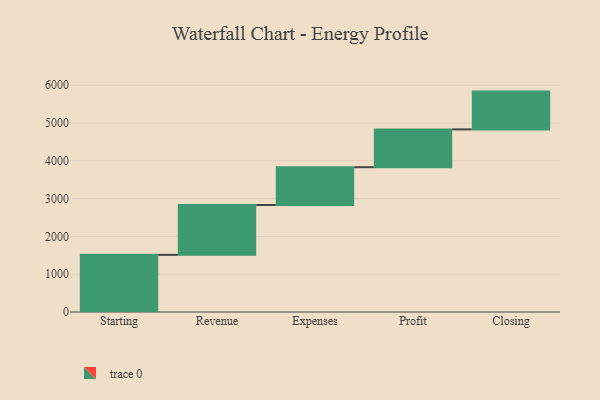
{"axis": {"x": "Step", "y": "Value"}, "legend": [""], "data": [{"x": "Starting", "y": 1512.0, "type": ""}, {"x": "Revenue", "y": 1319.0, "type": ""}, {"x": "Expenses", "y": 1000, "type": ""}, {"x": "Profit", "y": 1000, "type": ""}, {"x": "Closing", "y": 1000, "type": ""}]}